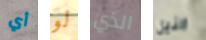
أي لو الذي النيل